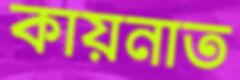
কায়নাত